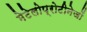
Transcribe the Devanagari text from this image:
मेटेलोप्रोटीनेजों